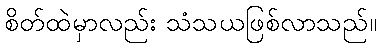
စိတ်ထဲမှာလည်း သံသယဖြစ်လာသည်။